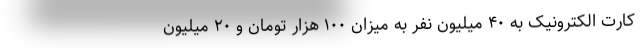
کارت الکترونیک به ۴۰ میلیون نفر به میزان ۱۰۰ هزار تومان و ۲۰ میلیون